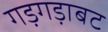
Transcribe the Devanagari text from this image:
गड़गड़ाबट